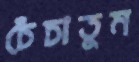
চেঁচাতুম